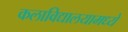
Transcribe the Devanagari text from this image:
कलाविद्यालयामध्ये